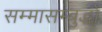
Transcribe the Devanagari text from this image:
सम्मासम्बुद्धो